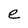
Character: e